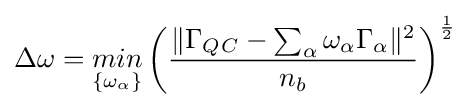
\Delta \omega ={\underset {\{\omega _{\alpha }\}}{min}}\left({\frac {\|\Gamma _{Q_{}C}-\sum _{\alpha }\omega _{\alpha }\Gamma _{\alpha }\|^{2}}{n_{b}}}\right)^{\frac {1}{2}}